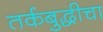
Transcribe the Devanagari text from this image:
तर्कबुद्धीचा